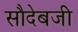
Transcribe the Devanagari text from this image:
सौदेबजी